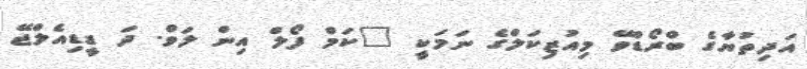
އަދިތުޔާގެ ބްރޯޑްވޭ މިއުޒިކަލްގެ ނަމަކީ "ކަމް ފޯލް އިން ލަވް. ދަ ޑީޑިއެލްޖޭ